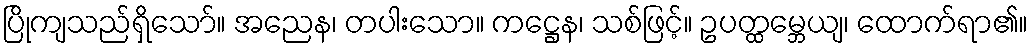
ပြိုကျသည်ရှိသော်။ အညေန၊ တပါးသော။ ကဋ္ဌေန၊ သစ်ဖြင့်။ ဥပတ္ထမ္ဘေယျ၊ ထောက်ရာ၏။